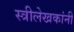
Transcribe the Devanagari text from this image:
स्त्रीलेखकांनी